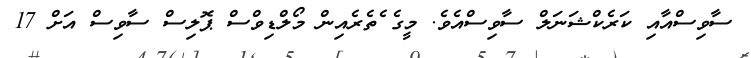
ސާވިސްއާއި ކަރެކްޝަނަލް ސާވިސްއެވެ. މީގެ ެތެރެއިން މޯލްޑިވްސް ޕޮލިސް ސާވިސް އަށް 17